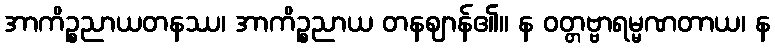
အာကိဉ္စညာယတနဿ၊ အာကိဉ္စညာယ တနဈာန်၏။ န ဝတ္တဗ္ဗာရမ္မဏတာယ၊ န